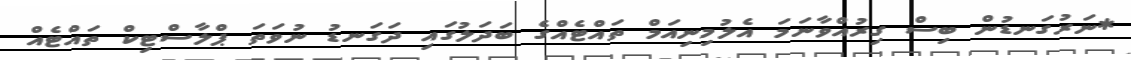
*ނަރުގަނޑުން ބިސް ގިރުއްވާނަމަ އެލުމިނިއަމް ތައްޓެއްގެ ބަދަލުގައި ދަގަނޑު ނުވަތަ ޕްލާސްޓިކް ތައްޓެއް